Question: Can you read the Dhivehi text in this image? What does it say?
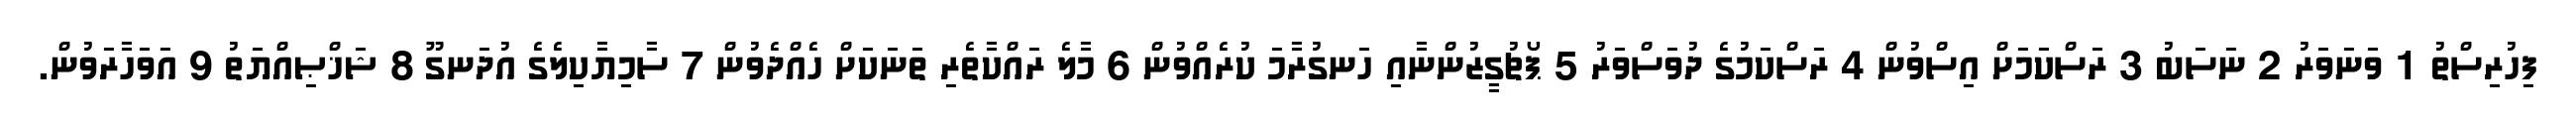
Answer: ފިހުރިސްތު 1 ވަނަވަރު 2 ނަސަބު 3 ރަސްކަމަށް އިސްވުން 4 ރަސްކަމުގެ ދުވަސްވަރު 5 ޕޯޗުގީޒުންނާއި ހަނގުރާމަ ކުރެއްވުން 6 މާލެ ރައްކާތެރި ތަނަކަށް ހެއްދެވުން 7 ސާމިޔާކިލެގެ އުދަނގޫ 8 ޝަޚްޞިއްޔަތު 9 އަވަހާރަވުން.